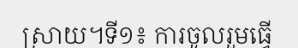
ស្រាយ។ទី១៖ ការចូលរួមធ្វើ